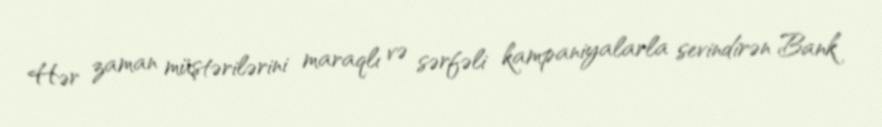
Hər zaman müştərilərini maraqlı və sərfəli kampaniyalarla sevindirən Bank